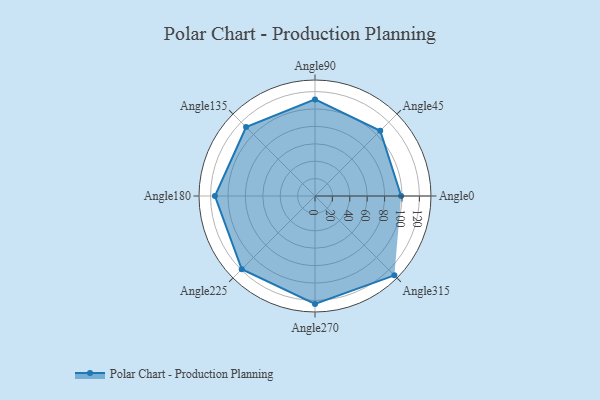
{"axis": {"x": "Angle", "y": "Radius"}, "legend": [""], "data": [{"x": "Angle0", "y": 99.0, "type": ""}, {"x": "Angle45", "y": 106.0, "type": ""}, {"x": "Angle90", "y": 111.0, "type": ""}, {"x": "Angle135", "y": 112.0, "type": ""}, {"x": "Angle180", "y": 115.0, "type": ""}, {"x": "Angle225", "y": 119.0, "type": ""}, {"x": "Angle270", "y": 124.0, "type": ""}, {"x": "Angle315", "y": 129.0, "type": ""}]}